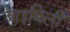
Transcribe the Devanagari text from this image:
बाइबिली